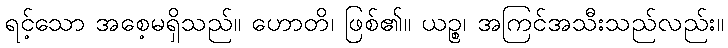
ရင့်သော အစေ့မရှိသည်။ ဟောတိ၊ ဖြစ်၏။ ယဉ္စ၊ အကြင်အသီးသည်လည်း။